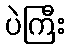
ပဲကြီး